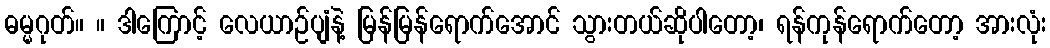
ဓမ္မဂုတ်။ ။ ဒါကြောင့် လေယာဉ်ပျံနဲ့ မြန်မြန်ရောက်အောင် သွားတယ်ဆိုပါတော့၊ ရန်ကုန်ရောက်တော့ အားလုံး